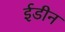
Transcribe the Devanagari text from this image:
ईडीन